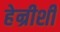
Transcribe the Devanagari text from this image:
हेन्रीशी